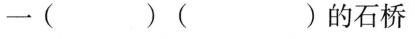
一( )( )的石桥